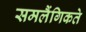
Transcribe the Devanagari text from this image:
समलैंगिकते